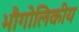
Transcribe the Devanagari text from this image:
भौगोलिकीय